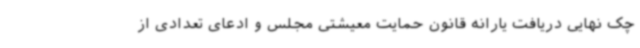
چک نهایی دریافت یارانه قانون حمایت معیشتی مجلس و ادعای تعدادی از